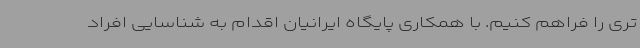
تری را فراهم کنیم. با همکاری پایگاه ایرانیان اقدام به شناسایی افراد